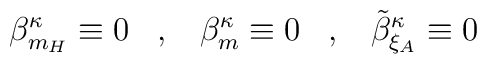
\beta^{\kappa}_{m_H} \equiv 0 \; \; \; , \; \; \;  \beta^{\kappa}_m \equiv 0 \; \; \; , \; \; \;  \tilde{\beta}^{\kappa}_{\xi_A} \equiv 0